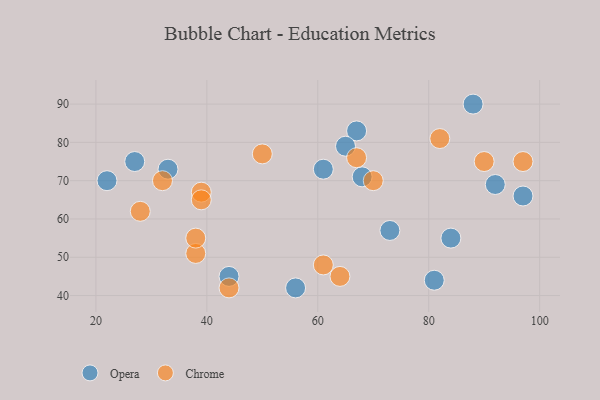
{"axis": {"x": "GDP", "y": "Life Expectancy"}, "legend": ["Chrome", "Opera"], "data": [{"x": "33", "y": 73, "type": "Opera"}, {"x": "61", "y": 73, "type": "Opera"}, {"x": "92", "y": 69, "type": "Opera"}, {"x": "73", "y": 57, "type": "Opera"}, {"x": "56", "y": 42, "type": "Opera"}, {"x": "97", "y": 66, "type": "Opera"}, {"x": "27", "y": 75, "type": "Opera"}, {"x": "68", "y": 71, "type": "Opera"}, {"x": "88", "y": 90, "type": "Opera"}, {"x": "81", "y": 44, "type": "Opera"}, {"x": "67", "y": 83, "type": "Opera"}, {"x": "84", "y": 55, "type": "Opera"}, {"x": "22", "y": 70, "type": "Opera"}, {"x": "44", "y": 45, "type": "Opera"}, {"x": "65", "y": 79, "type": "Opera"}, {"x": "44", "y": 42, "type": "Chrome"}, {"x": "50", "y": 77, "type": "Chrome"}, {"x": "38", "y": 51, "type": "Chrome"}, {"x": "39", "y": 67, "type": "Chrome"}, {"x": "67", "y": 76, "type": "Chrome"}, {"x": "97", "y": 75, "type": "Chrome"}, {"x": "90", "y": 75, "type": "Chrome"}, {"x": "70", "y": 70, "type": "Chrome"}, {"x": "82", "y": 81, "type": "Chrome"}, {"x": "61", "y": 48, "type": "Chrome"}, {"x": "32", "y": 70, "type": "Chrome"}, {"x": "38", "y": 55, "type": "Chrome"}, {"x": "39", "y": 65, "type": "Chrome"}, {"x": "64", "y": 45, "type": "Chrome"}, {"x": "28", "y": 62, "type": "Chrome"}]}